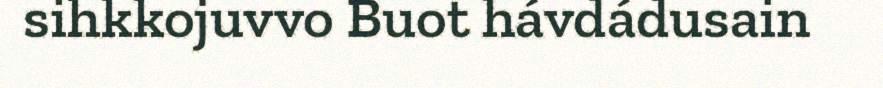
sihkkojuvvo Buot hávdádusain